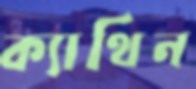
ক্যাথিন